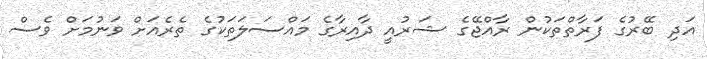
އަދި ބޭރުގެ ފަރާތްތަކުން ރާއްޖޭގެ ޝަރުއީ ދާއިރާގެ މައްސަލަތަކުގެ ތެރެއަށް ވަނުމަށް ވެސް